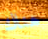
هناك